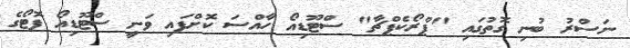
ނަސްރު ބުނި ގޮތުގައި "ޕްރޯކެޕްޗާ" ސްޓޫޑިއޯ ހާއްސަ ކޮށްފައި ވަނީ ސްޓޫޑިއޯ ފޮޓޯގެ